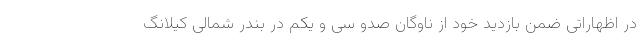
در اظهاراتی ضمن بازدید خود از ناوگان صدو سی و یکم در بندر شمالی کیلانگ